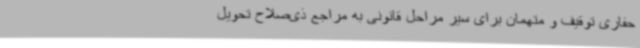
حفاری توقیف و متهمان برای سیر مراحل قانونی به مراجع ذی‌صلاح تحویل